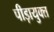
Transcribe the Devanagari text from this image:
पीड़ायुक्‍त